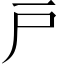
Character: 戸